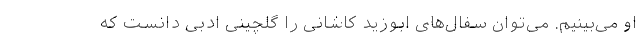
او می‌بینیم. می‌توان سفال‌های ابوزید کاشانی را گلچینی ادبی دانست که